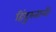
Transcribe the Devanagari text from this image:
हिंदुस्‍तानी